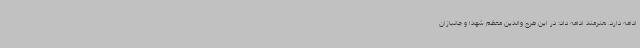
ادامه دارد. هنرمند ادامه داد: در این طرح والدین معظم شهدا و جانبازان